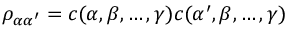
\rho _ { \alpha \alpha ^ { \prime } } = c ( \alpha , \beta , \dots , \gamma ) c ( \alpha ^ { \prime } , \beta , \dots , \gamma )